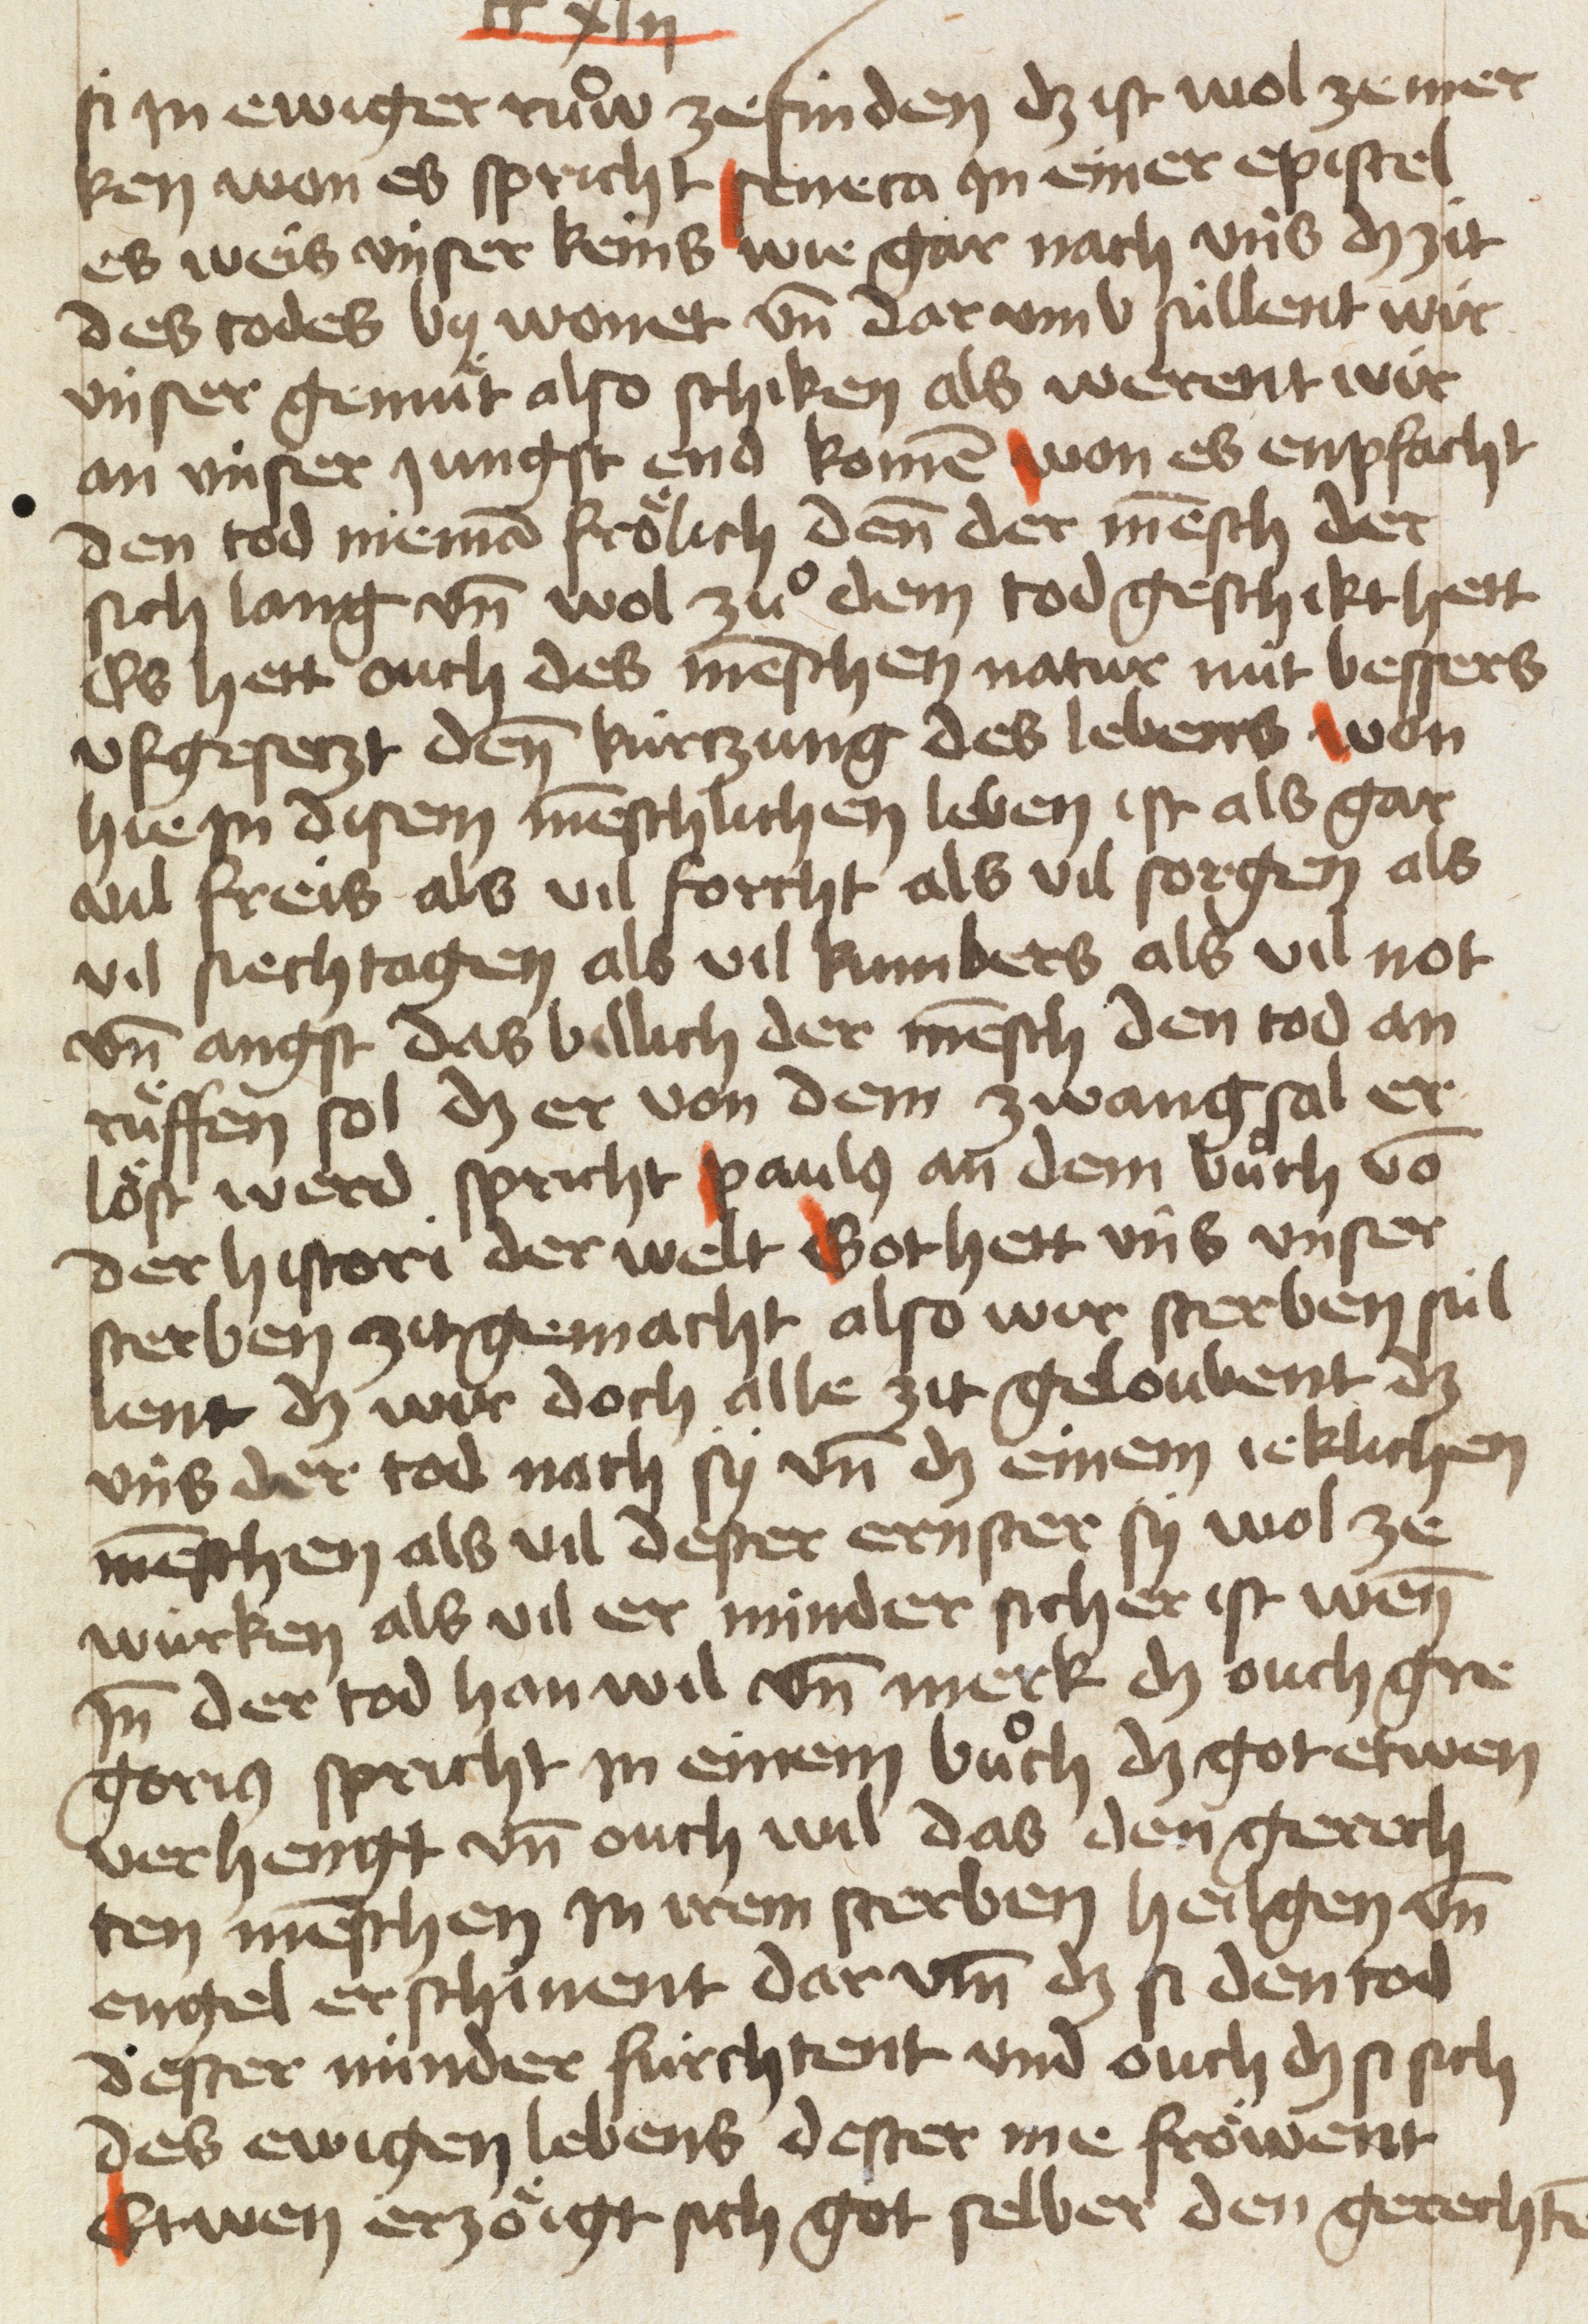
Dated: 1454–1454